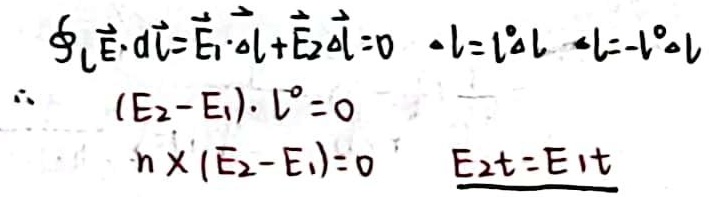
\[
\begin{align*}
\oint_{L} \vec{E} \cdot d\vec{l} &= \vec{E}_1 \cdot \Delta\vec{l} + \vec{E}_2 \cdot \Delta\vec{l} = 0 \quad \Delta l = l^0\Delta l \quad \Delta l=-l^0\Delta l\\
\therefore \quad (E_2 - E_1) \cdot l^0&= 0\\
\hat{n} \times (\vec{E}_2 - \vec{E}_1)&= 0 \quad \underline{E_{2t}=E_{1t}}
\end{align*}
\]